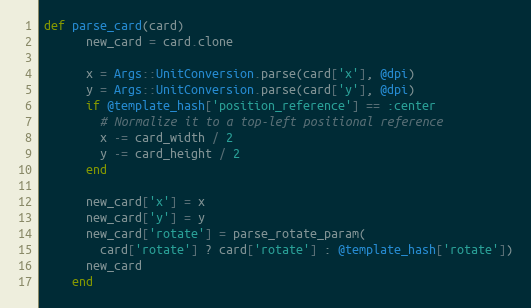
Language: Ruby
def parse_card(card)
      new_card = card.clone

      x = Args::UnitConversion.parse(card['x'], @dpi)
      y = Args::UnitConversion.parse(card['y'], @dpi)
      if @template_hash['position_reference'] == :center
        # Normalize it to a top-left positional reference
        x -= card_width / 2
        y -= card_height / 2
      end

      new_card['x'] = x
      new_card['y'] = y
      new_card['rotate'] = parse_rotate_param(
        card['rotate'] ? card['rotate'] : @template_hash['rotate'])
      new_card
    end